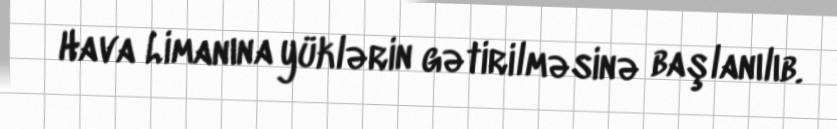
Hava Limanına yüklərin gətirilməsinə başlanılıb.